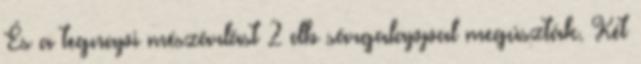
És a tegnapi mészárlást 2 db sárgalappal megúszták. Két